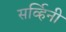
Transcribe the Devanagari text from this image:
सर्व्हिनी